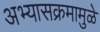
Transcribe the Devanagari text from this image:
अभ्यासक्रमामुळे